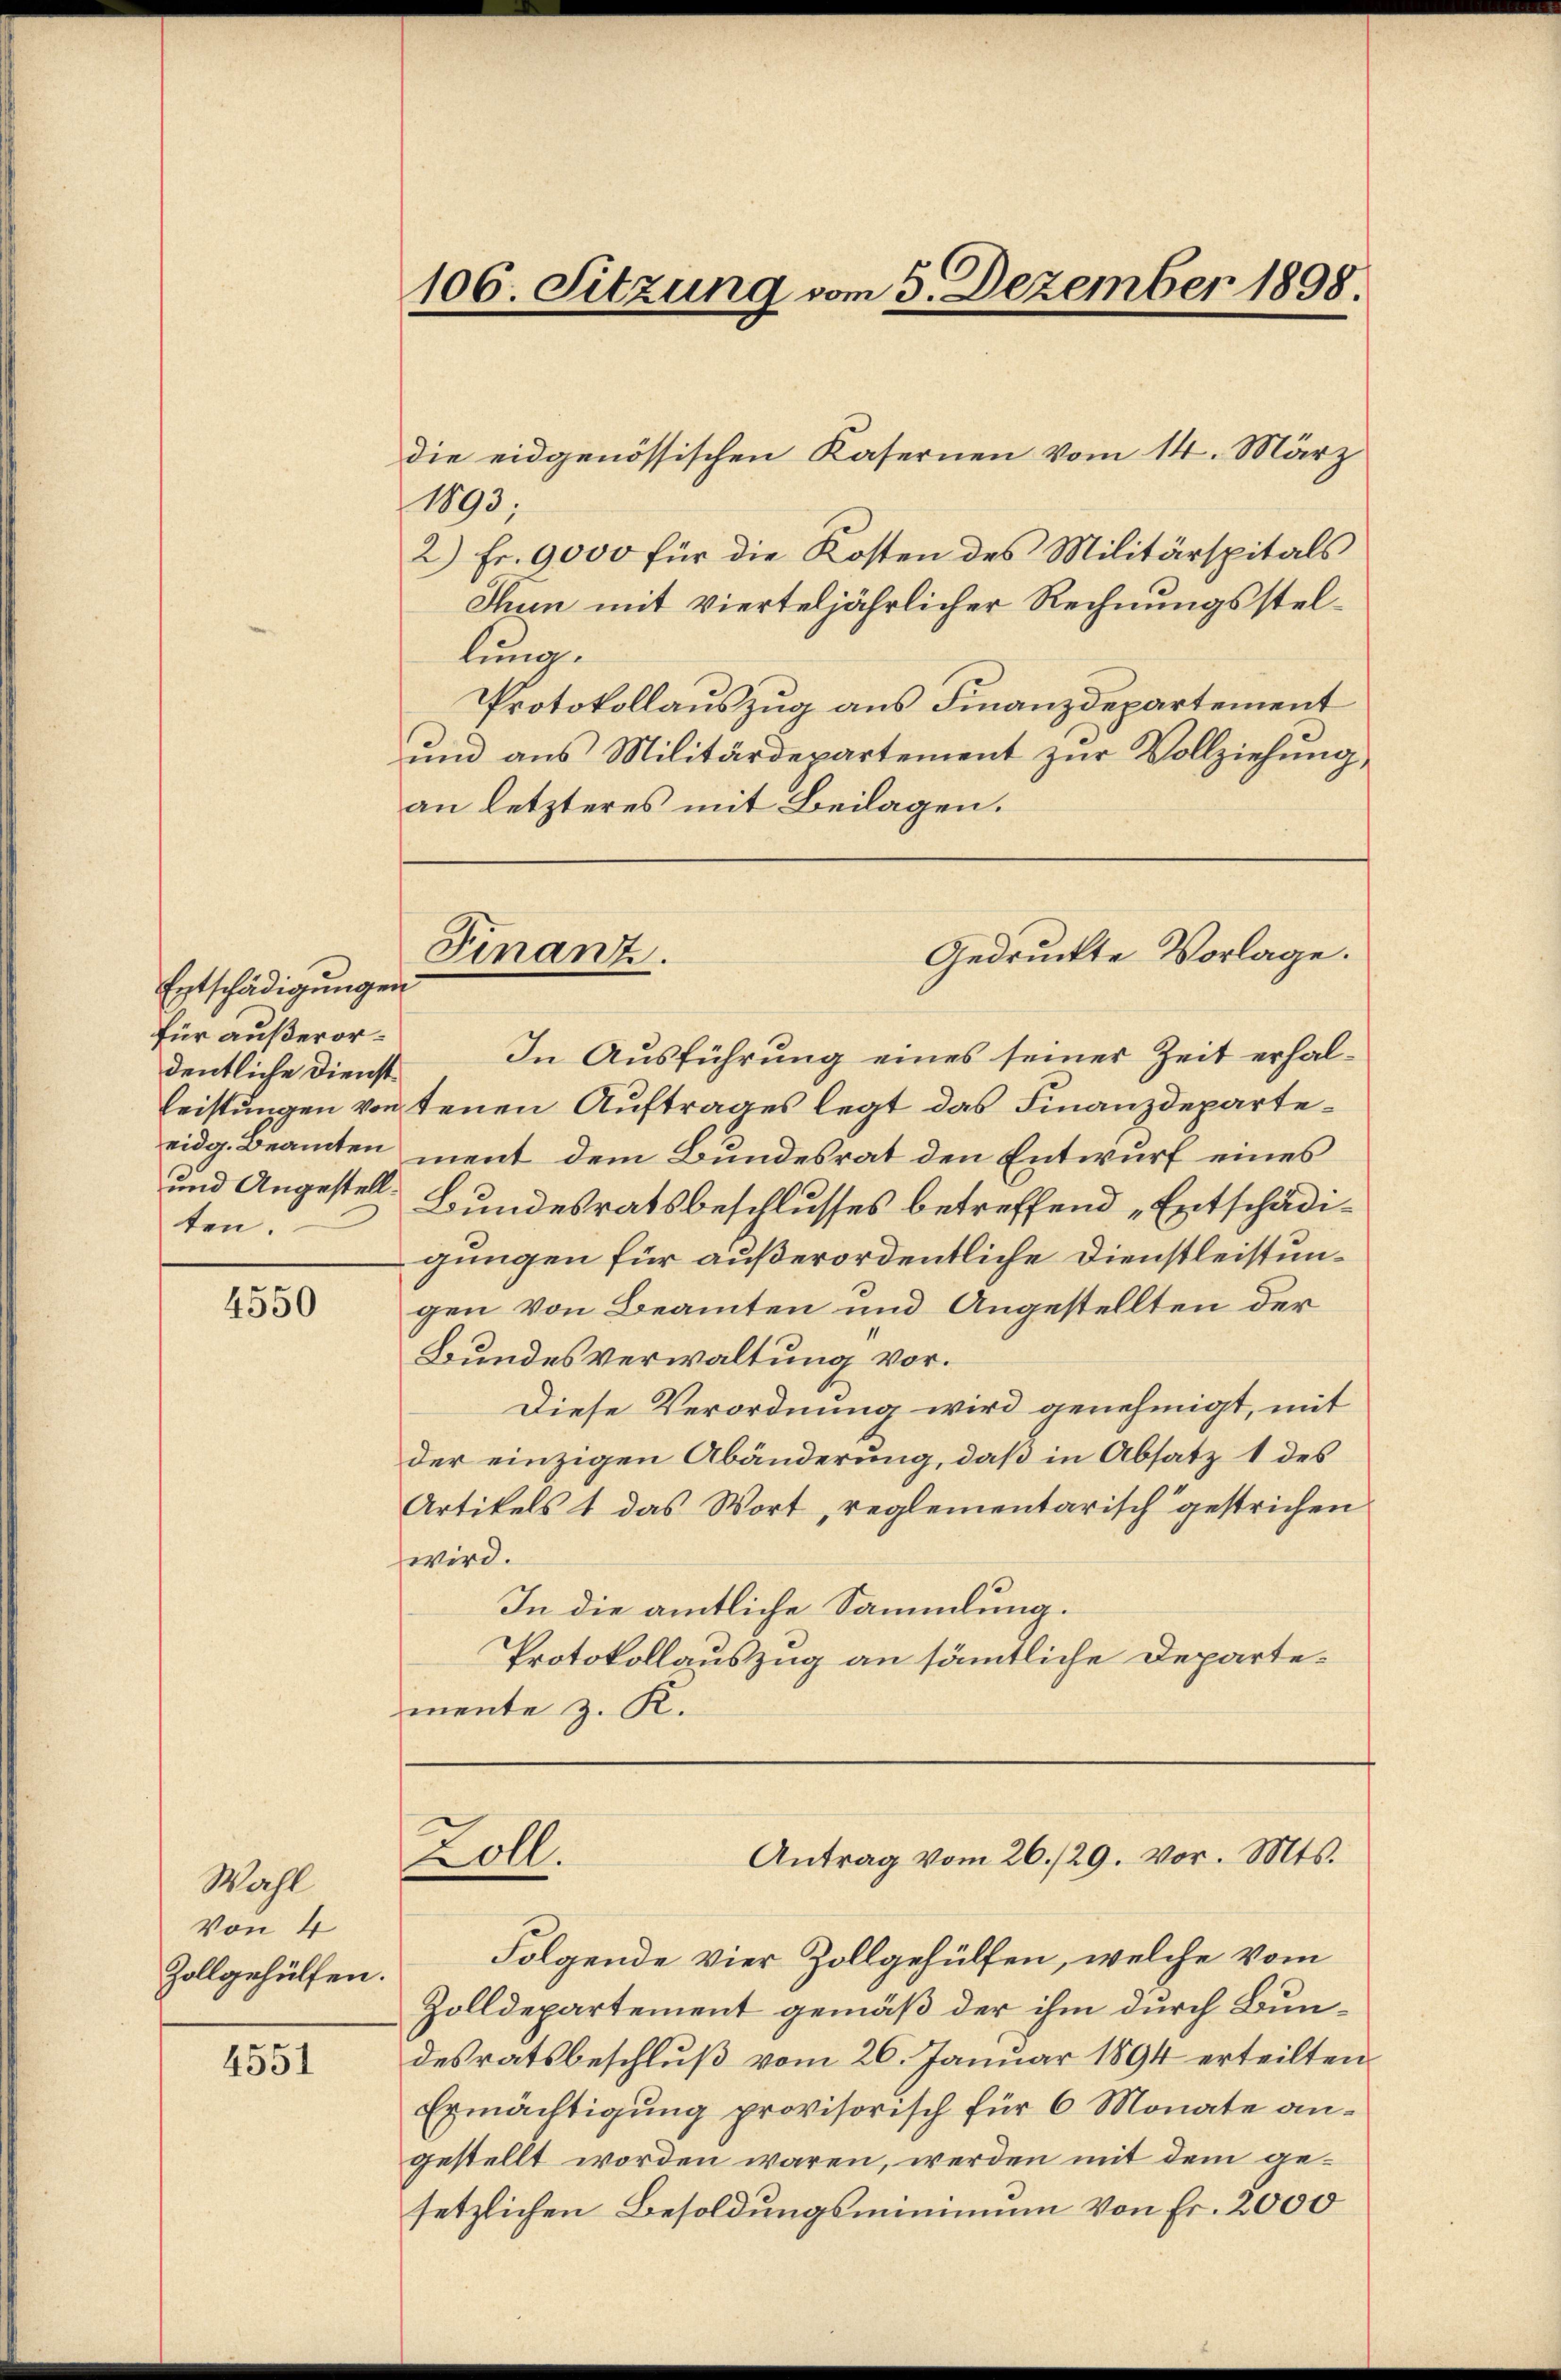
Entschädigungen
für außerordentliche Dienst
ten.

4550

Wahl
Von 4
Zollgehülfen.

4551

die eidgenössischen Kasernen vom 14. März
1893,
2) Fr. 9000 für die Kosten des Militärspitals
Thun mit vierteljährlicher Rechnungsstellung.
Protokollauszug aus Finanzdepartement
und aus Militärdepartement zur Vollziehung
an letzteres mit Beilagen.

106. Sitzung vom 5. Dezember 1898.

In Ausführung eines seiner Zeit erhal¬
Leistungen von tenen Auftrages legt das Finanzdeparteeidg. Beamten ment dem Bundesrat den Entwurf eines
und Angestell Bundesratsbeschlusses betreffend „Entschädigungen für außerordentliche Dienstleistungen von Beamten und Angestellten der
Bundesverwaltung vor.
Diese Verordnung wird genehmigt, mit
der einzigen Abänderung, daß in Absatz 1 des
Artikels & das Wort, reglementarisch gestrichen
wird.
In die amtliche Sammlung.
Protokollauszug an sämmtliche Departemente z. K.

Finanz.

Gedruckte Vorlage.

Folgende vier Zollgehülfen, welche vom
Zolldepartement gemäß der ihm durch Bundesratsbeschlŭβ vom 26. Januar 1894 erteilten
Ermächtigŭng provisorisch für 6 Monate an-
gestellt worden wären, werden mit dem gesetzlichen Besoldungsminimum von Fr. 2000

Antrag vom 26./29. vor. Mts.
oll.